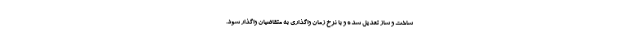
ساخت و ساز تعدیل شده و با نرخ زمان واگذاری به متقاضیان واگذار شود.